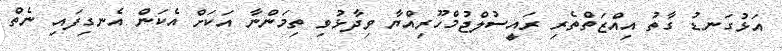
އަޅުގަނޑު ގާތު އިއްޒަތްތެރި ރައީސުލްޖުމްހޫރިއްޔާ ވިދާޅުވި ތިމަންނާ އަކަށް އެކަން އެނގިފައި ނެތް